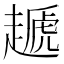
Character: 䞾